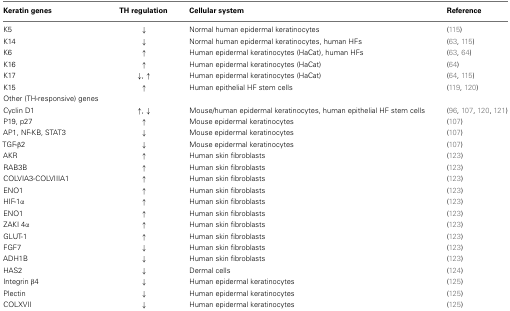
<table><thead><tr><td><b>Keratin genes</b></td><td><b>TH regulation</b></td><td><b>Cellular system</b></td><td><b>Reference</b></td></tr></thead><tbody><tr><td>K5</td><td>↓</td><td>Normal human epidermal keratinocytes</td><td>(115)</td></tr><tr><td>K14</td><td>↓</td><td>Normal human epidermal keratinocytes, human HFs</td><td>(63, 115)</td></tr><tr><td>K6</td><td>↑</td><td>Human epidermal keratinocytes (HaCat), human HFs</td><td>(63, 64)</td></tr><tr><td>K16</td><td>↑</td><td>Human epidermal keratinocytes (HaCat)</td><td>(64)</td></tr><tr><td>K17</td><td>↓, ↑</td><td>Human epidermal keratinocytes (HaCat)</td><td>(64, 115)</td></tr><tr><td>K15</td><td>↑</td><td>Human epithelial HF stem cells</td><td>(119, 120)</td></tr><tr><td>Other (TH-responsive) genes</td></tr><tr><td>Cyclin D1</td><td>↑, ↓</td><td>Mouse/human epidermal keratinocytes, human epithelial HF stem cells</td><td>(96, 107, 120, 121)</td></tr><tr><td>P19, p27</td><td>↑</td><td>Mouse epidermal keratinocytes</td><td>(107)</td></tr><tr><td>AP1, NF-KB, STAT3</td><td>↓</td><td>Mouse epidermal keratinocytes</td><td>(107)</td></tr><tr><td>TGF-β2</td><td>↓</td><td>Mouse epidermal keratinocytes</td><td>(107)</td></tr><tr><td>AKR</td><td>↑</td><td>Human skin fibroblasts</td><td>(123)</td></tr><tr><td>RAB3B</td><td>↑</td><td>Human skin fibroblasts</td><td>(123)</td></tr><tr><td>COLVIA3-COLVIIIA1</td><td>↑</td><td>Human skin fibroblasts</td><td>(123)</td></tr><tr><td>ENO1</td><td>↑</td><td>Human skin fibroblasts</td><td>(123)</td></tr><tr><td>HIF-1α</td><td>↑</td><td>Human skin fibroblasts</td><td>(123)</td></tr><tr><td>ENO1</td><td>↑</td><td>Human skin fibroblasts</td><td>(123)</td></tr><tr><td>ZAKI 4α</td><td>↑</td><td>Human skin fibroblasts</td><td>(123)</td></tr><tr><td>GLUT-1</td><td>↑</td><td>Human skin fibroblasts</td><td>(123)</td></tr><tr><td>FGF7</td><td>↓</td><td>Human skin fibroblasts</td><td>(123)</td></tr><tr><td>ADH1B</td><td>↓</td><td>Human skin fibroblasts</td><td>(123)</td></tr><tr><td>HAS2</td><td>↓</td><td>Dermal cells</td><td>(124)</td></tr><tr><td>Integrin β4</td><td>↓</td><td>Human epidermal keratinocytes</td><td>(125)</td></tr><tr><td>Plectin</td><td>↓</td><td>Human epidermal keratinocytes</td><td>(125)</td></tr><tr><td>COLXVII</td><td>↓</td><td>Human epidermal keratinocytes</td><td>(125)</td></tr></tbody></table>